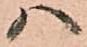
ハ